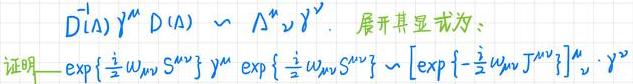
\[
D^{-1}(\Lambda) \gamma^{\mu} D(\Lambda) \sim \Lambda^{\mu}{}_{\nu} \gamma^{\nu}. \ 展开其显式为：
\]
\[
证明 \ \exp \left\{ \frac{i}{2} \omega_{\mu \nu} S^{\mu \nu} \right\} \gamma^{\mu} \exp \left\{ \frac{i}{2} \omega_{\rho \sigma} S^{\rho \sigma} \right\} \sim \left[ \exp \left\{ - \frac{i}{2} \omega_{\mu \nu} J^{\mu \nu} \right\} \right]^{\mu}{}_{\nu} \gamma^{\nu}
\]